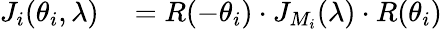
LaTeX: \begin{array}{rl}{J_{i}(\theta_{i},\lambda)}&{{}=R(-\theta_{i})\cdot J_{M_{i}}(\lambda)\cdot R(\theta_{i})}\end{array}